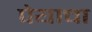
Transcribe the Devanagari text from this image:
पेयाचा